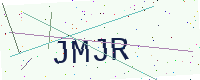
Text: JMJR